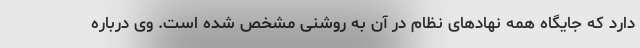
دارد که جایگاه همه نهادهای نظام در آن به روشنی مشخص شده است. وی درباره